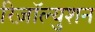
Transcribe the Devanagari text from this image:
रिज़ॉल्युशन